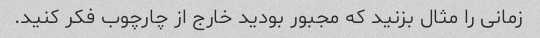
زمانی را مثال بزنید که مجبور بودید خارج از چارچوب فکر کنید.